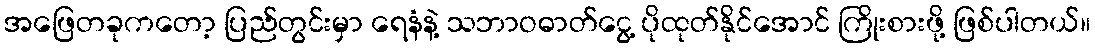
အဖြေတခုကတော့ ပြည်တွင်းမှာ ရေနံနဲ့ သဘာဝဓာတ်ငွေ့ ပိုထုတ်နိုင်အောင် ကြိုးစားဖို့ ဖြစ်ပါတယ်။